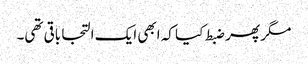
مگر پھر ضبط کیا کہ ابھی ایک التجا باقی تھی۔